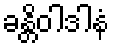
ခန္တိဝါဒါနံ